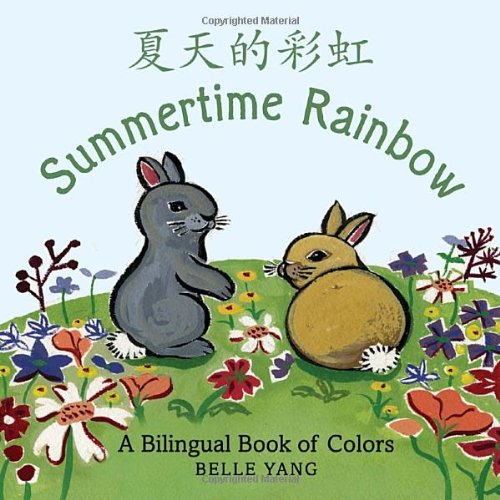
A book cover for Summertime Rainbow: A Mandarin Chinese-English bilingual book of colors; Belle Yang; Children's Books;